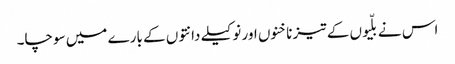
اس نے بلّیوں کے تیز ناخنوں اور نوکیلے دانتوں کے بارے میں سوچا۔